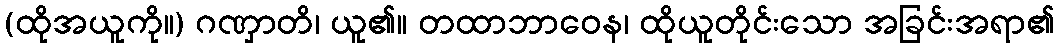
(ထိုအယူကို။) ဂဏှာတိ၊ ယူ၏။ တထာဘာဝေန၊ ထိုယူတိုင်းသော အခြင်းအရာ၏